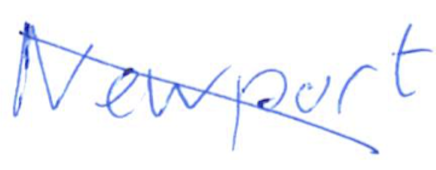
Text: Newport
Cross-out: diagonal
Writing tool: ballpoint